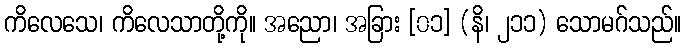
ကိလေသေ၊ ကိလေသာတို့ကို။ အညော၊ အခြား [၀၁] (နိ၊ ၂၁၁) သောမဂ်သည်။